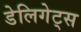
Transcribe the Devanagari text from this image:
डेलिगेट्स